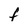
Character: f